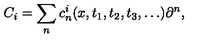
C _ { i } = \sum _ { n } c _ { n } ^ { i } ( x , t _ { 1 } , t _ { 2 } , t _ { 3 } , \dots ) \partial ^ { n } ,